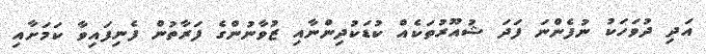
އަދި ދުވަހަކު ނުފެންނަ ފަދަ ޝުއޫރުތަކެއް ކުޑަކުދިންނާއި ޒުވާނުންގެ ފަރާތުން ފެނިފައިވާ ކަމަށާއި